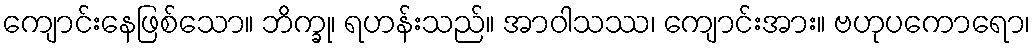
ကျောင်းနေဖြစ်သော။ ဘိက္ခု၊ ရဟန်းသည်။ အာဝါသဿ၊ ကျောင်းအား။ ဗဟုပကောရော၊